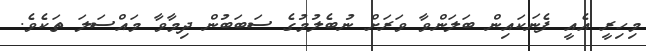
މިހިރީ އެއީ ފެނަކައިން ބަލަންވާ ވަރަށް ނުބެލުމުގެ ސަބަބުން ދިމާވާ މައްސަލަ ތަކެވެ.